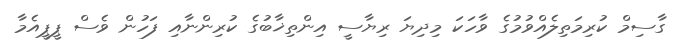
ގާސިމް ކުރިމަތިލެއްވުމުގެ ވާހަކަ މިދިޔަ ރިޔާސީ އިންތިޚާބުގެ ކުރިންނާއި ފަހުން ވެސް ޕީޕީއެމާ